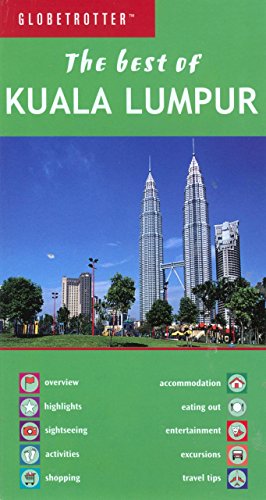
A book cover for Best of Kuala Lumpar (Globetrotter Travel: Best of Kuala Lumpur); Globetrotter; Travel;